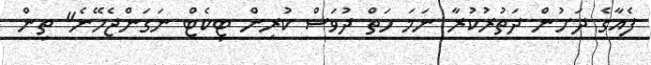
ފެއާގެ ދަށުން ދަތުރުކުރާ ނަމަ ހަތް ދުވަސް ކުރިން ޓިކެޓް ނަގަންޖެހޭނެ" ތިން